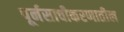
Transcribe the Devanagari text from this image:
पूर्नसाचीकरणातील